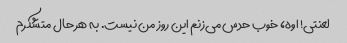
لعنتی! اوه، خوب حدس می‌زنم این روز من نیست. به هر حال متشکرم